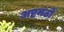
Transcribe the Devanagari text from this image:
अष्टमठों